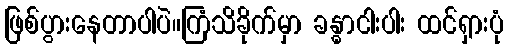
ဖြစ်ပွားနေတာပါပဲ။ကြံသိခိုက်မှာ ခန္ဓာငါးပါး ထင်ရှားပုံ